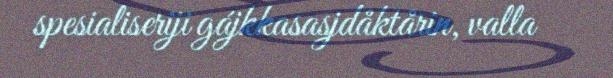
spesialiseriji gájkkasasjdåktårin, valla